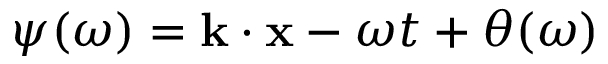
{ \psi } ( \omega ) = \mathbf { k } \cdot \mathbf { x } - \omega t + \theta ( \omega )